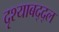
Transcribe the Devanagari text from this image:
दृश्याबद्द्ल